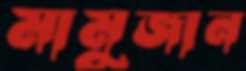
মামুজান